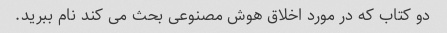
دو کتاب که در مورد اخلاق هوش مصنوعی بحث می کند نام ببرید.